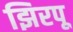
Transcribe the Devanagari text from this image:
झिरपू